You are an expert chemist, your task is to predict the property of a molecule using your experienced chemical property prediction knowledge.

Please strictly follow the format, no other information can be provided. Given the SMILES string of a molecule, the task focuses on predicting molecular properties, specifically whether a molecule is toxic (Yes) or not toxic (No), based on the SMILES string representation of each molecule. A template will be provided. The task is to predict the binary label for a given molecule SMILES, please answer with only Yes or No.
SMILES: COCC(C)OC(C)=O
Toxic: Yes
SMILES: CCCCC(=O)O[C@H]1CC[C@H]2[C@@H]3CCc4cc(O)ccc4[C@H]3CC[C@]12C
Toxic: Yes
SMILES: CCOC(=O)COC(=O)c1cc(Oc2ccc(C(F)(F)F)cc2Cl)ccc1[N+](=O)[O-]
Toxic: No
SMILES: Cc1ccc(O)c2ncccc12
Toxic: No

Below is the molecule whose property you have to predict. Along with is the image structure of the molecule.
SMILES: CN1CC(=O)N=C1NC(=O)Nc1cccc(Cl)c1
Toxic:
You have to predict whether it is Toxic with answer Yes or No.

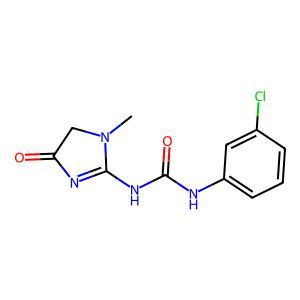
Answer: No